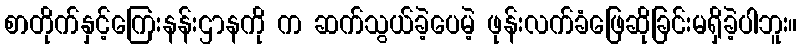
စာတိုက်နှင့်ကြေးနန်းဌာနကို က ဆက်သွယ်ခဲ့ပေမဲ့ ဖုန်းလက်ခံဖြေဆိုခြင်းမရှိခဲ့ပါဘူး။